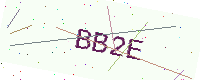
Text: BB2E